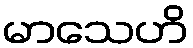
မာသေဟိ